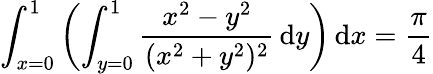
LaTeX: \int_{x=0}^{1}\left(\int_{y=0}^{1}{\frac{x^{2}-y^{2}}{(x^{2}+y^{2})^{2}}}\, {\mathrm{d}}y\right)\, {\mathrm{d}}x={\frac{\pi}{4}}